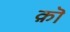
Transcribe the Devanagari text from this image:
क़ॊ